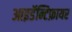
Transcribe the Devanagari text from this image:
आइडॅन्टिफ़ायर